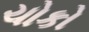
ચોકો